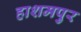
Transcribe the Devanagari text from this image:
हाशमपुर